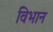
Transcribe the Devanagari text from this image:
विभान